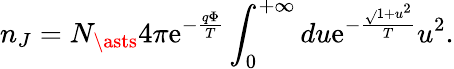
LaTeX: n_{J}=N_{\asts}4\pi\mathrm{e}^{-\frac{{q\Phi}}{{T}}}\int_{0}^{+\infty}du\mathrm{e}^{-\frac{{\sqrt{}{{1+u^{2}}}}}{{T}}}u^{2}.